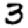
Digit: 3